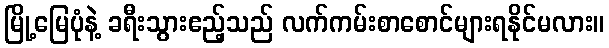
မြို့မြေပုံနဲ့ ခရီးသွားဧည့်သည် လက်ကမ်းစာစောင်များရနိုင်မလား။